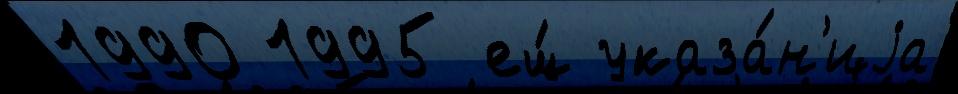
1990 1995 ещ́ указа́н'иjа